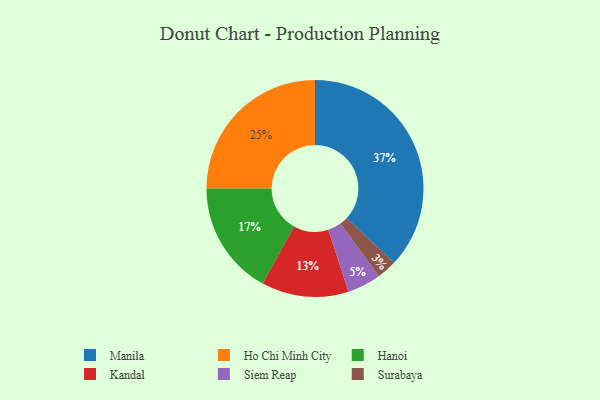
{"axis": {"x": "Category", "y": "Percentage"}, "legend": ["Hanoi", "Ho Chi Minh City", "Kandal", "Manila", "Siem Reap", "Surabaya"], "data": [{"x": "Ho Chi Minh City", "y": 25, "type": "Ho Chi Minh City"}, {"x": "Kandal", "y": 13, "type": "Kandal"}, {"x": "Surabaya", "y": 3, "type": "Surabaya"}, {"x": "Hanoi", "y": 17, "type": "Hanoi"}, {"x": "Siem Reap", "y": 5, "type": "Siem Reap"}, {"x": "Manila", "y": 37, "type": "Manila"}]}